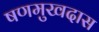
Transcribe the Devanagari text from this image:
षणमुखदास